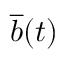
\overline { { b } } ( t )